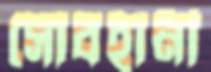
সোবহানী